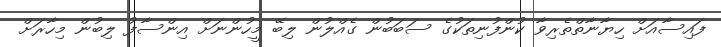
ފައިސާއަށް ހިޔާނާތްތެރިވާ ކުންފުނިތަކުގެ ސަބަބުން ގެއްލުން ލިބޭ މީހުންނަށް އިންސާފު ލިބުން މިހާރަށް